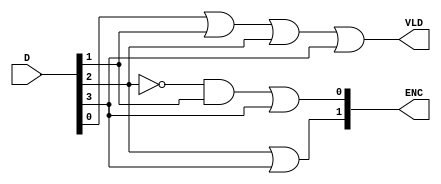
// This program was cloned from: https://github.com/nxbyte/Verilog-Projects
// License: MIT License

`timescale 1ns / 1ps

/*
    Group Members: Thomas Hudson and Warren Seto

    Lab Name: Combinational Logic
    Project Name: eng312_proj2
    Design Name: priority_encoder.v
    Design Description: Verilog Module for Priority Encoder
*/


module priority_encoder
(
  input [3:0] D,
  output [1:0] ENC,
  output VLD
);

  assign ENC[0] = (~D[2] & D[1]) | D[3];
  assign ENC[1] = D[2] | D[3];
  assign VLD = D[0] | D[1] | D[2] | D[3];
endmodule